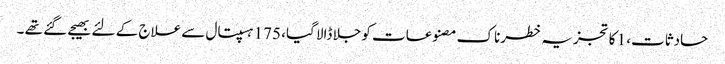
حادثات، 1 کا تجزیہ خطرناک مصنوعات کو جلا ڈالا گیا، 175 ہسپتال سے علاج کے لئے بھیجے گئے تھے ۔